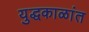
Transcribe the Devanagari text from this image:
युद्धकाळांत